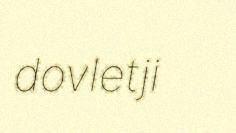
dovletji